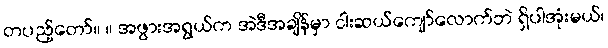
တပည့်တော်။ ။ အဖွားအရွယ်က အဲဒီအချိန်မှာ ငါးဆယ်ကျော်လောက်ဘဲ ရှိပါအုံးမယ်၊